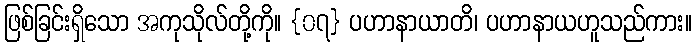
ဖြစ်ခြင်းရှိသော အကုသိုလ်တို့ကို။ {၀၇} ပဟာနာယာတိ၊ ပဟာနာယဟူသည်ကား။